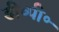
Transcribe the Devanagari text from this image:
डी॰पी॰